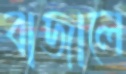
বাজালে